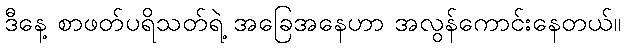
ဒီနေ့ စာဖတ်ပရိသတ်ရဲ့ အခြေအနေဟာ အလွန်ကောင်းနေတယ်။